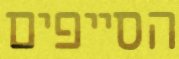
הסייפים